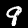
Label: 9